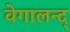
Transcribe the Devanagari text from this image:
वेगालन्द्